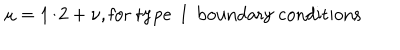
\mu = 1 / 2 + \nu , \mathrm { f o r ~ t y p e ~ I ~ b o u n d a r y ~ c o n d i t i o n s }